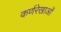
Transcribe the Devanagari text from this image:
कर्णरेखाओं